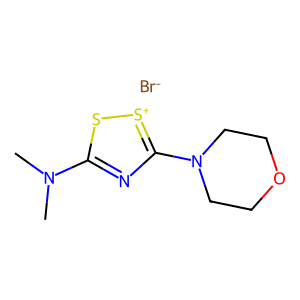
SMILES: CN(C)c1nc(N2CCOCC2)[s+]s1.[Br-]
Inhibits HIV replication: No